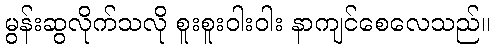
မွန်းဆွလိုက်သလို စူးစူးဝါးဝါး နာကျင်စေလေသည်။